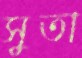
সুতা